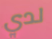
لدي